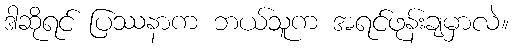
ဒါဆိုရင် ပြဿနာက ဘယ်သူက အရင်ဖုန်းချမှာလဲ။